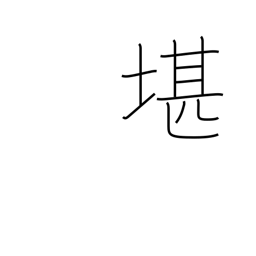
Meaning: withstand